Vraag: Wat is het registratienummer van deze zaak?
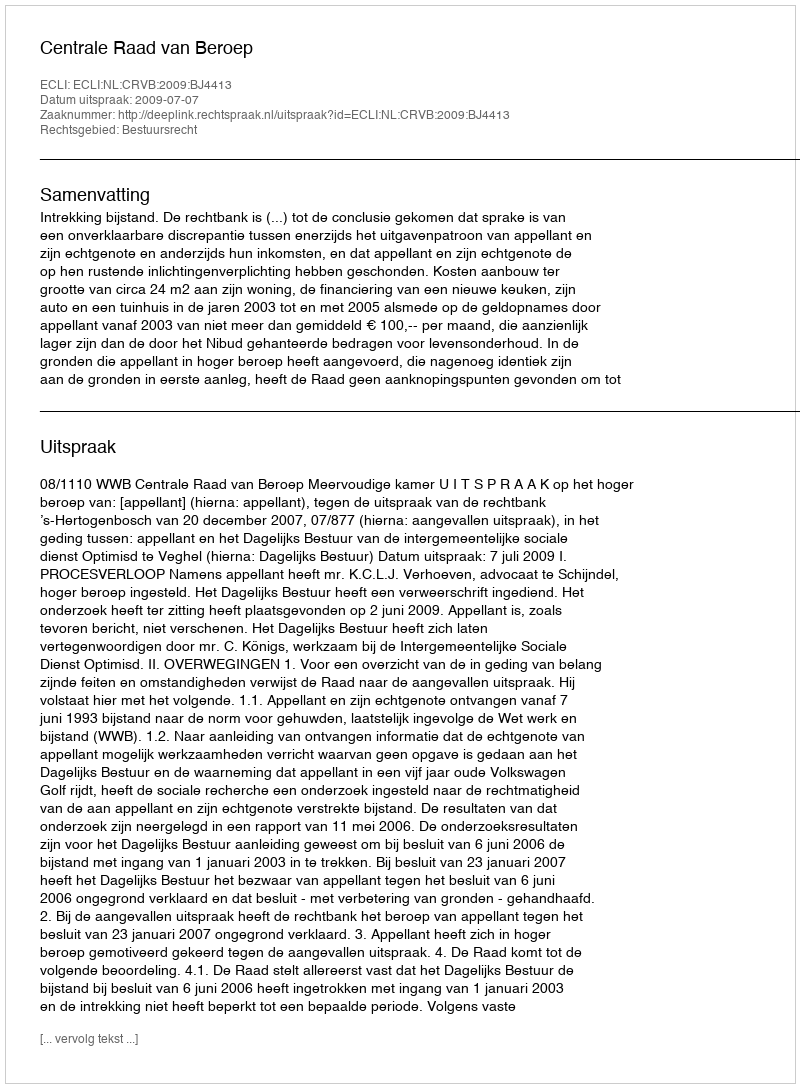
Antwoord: http://deeplink.rechtspraak.nl/uitspraak?id=ECLI:NL:CRVB:2009:BJ4413